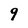
Character: 9